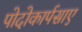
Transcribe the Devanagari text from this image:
पोदोकार्पसाए